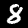
Digit: 8